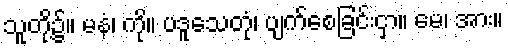
သူတို့၌။ မနံ၊ ကို။ ပဒူသေတုံ၊ ပျက်စေခြင်းငှာ။ မေ၊ အား။